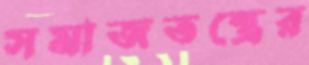
সমাজতন্ত্রের